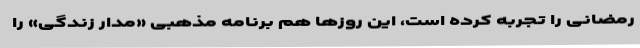
رمضانی را تجربه کرده است، این روزها هم برنامه مذهبی «مدار زندگی» را